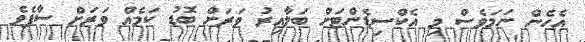
އެހެން ނަމަވެސް މި އެކްސިޑެންޓަށް ބަލާއިރު ވަރަށް ބޮޑު ކަމެއް ވަރަށް ސާފެވެ